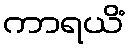
ကာရယိံ